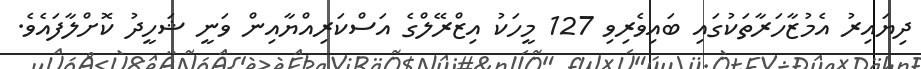
ދިޔައިރު އެމުޒާހަރާތަކުގައި ބައިވެރިވި 127 މީހަކު އިޒްރޭލްގެ އަސްކަރިއްޔާއިން ވަނީ ޝަހީދު ކޮށްލާފައެވެ.